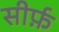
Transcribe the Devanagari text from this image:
सीर्फ़